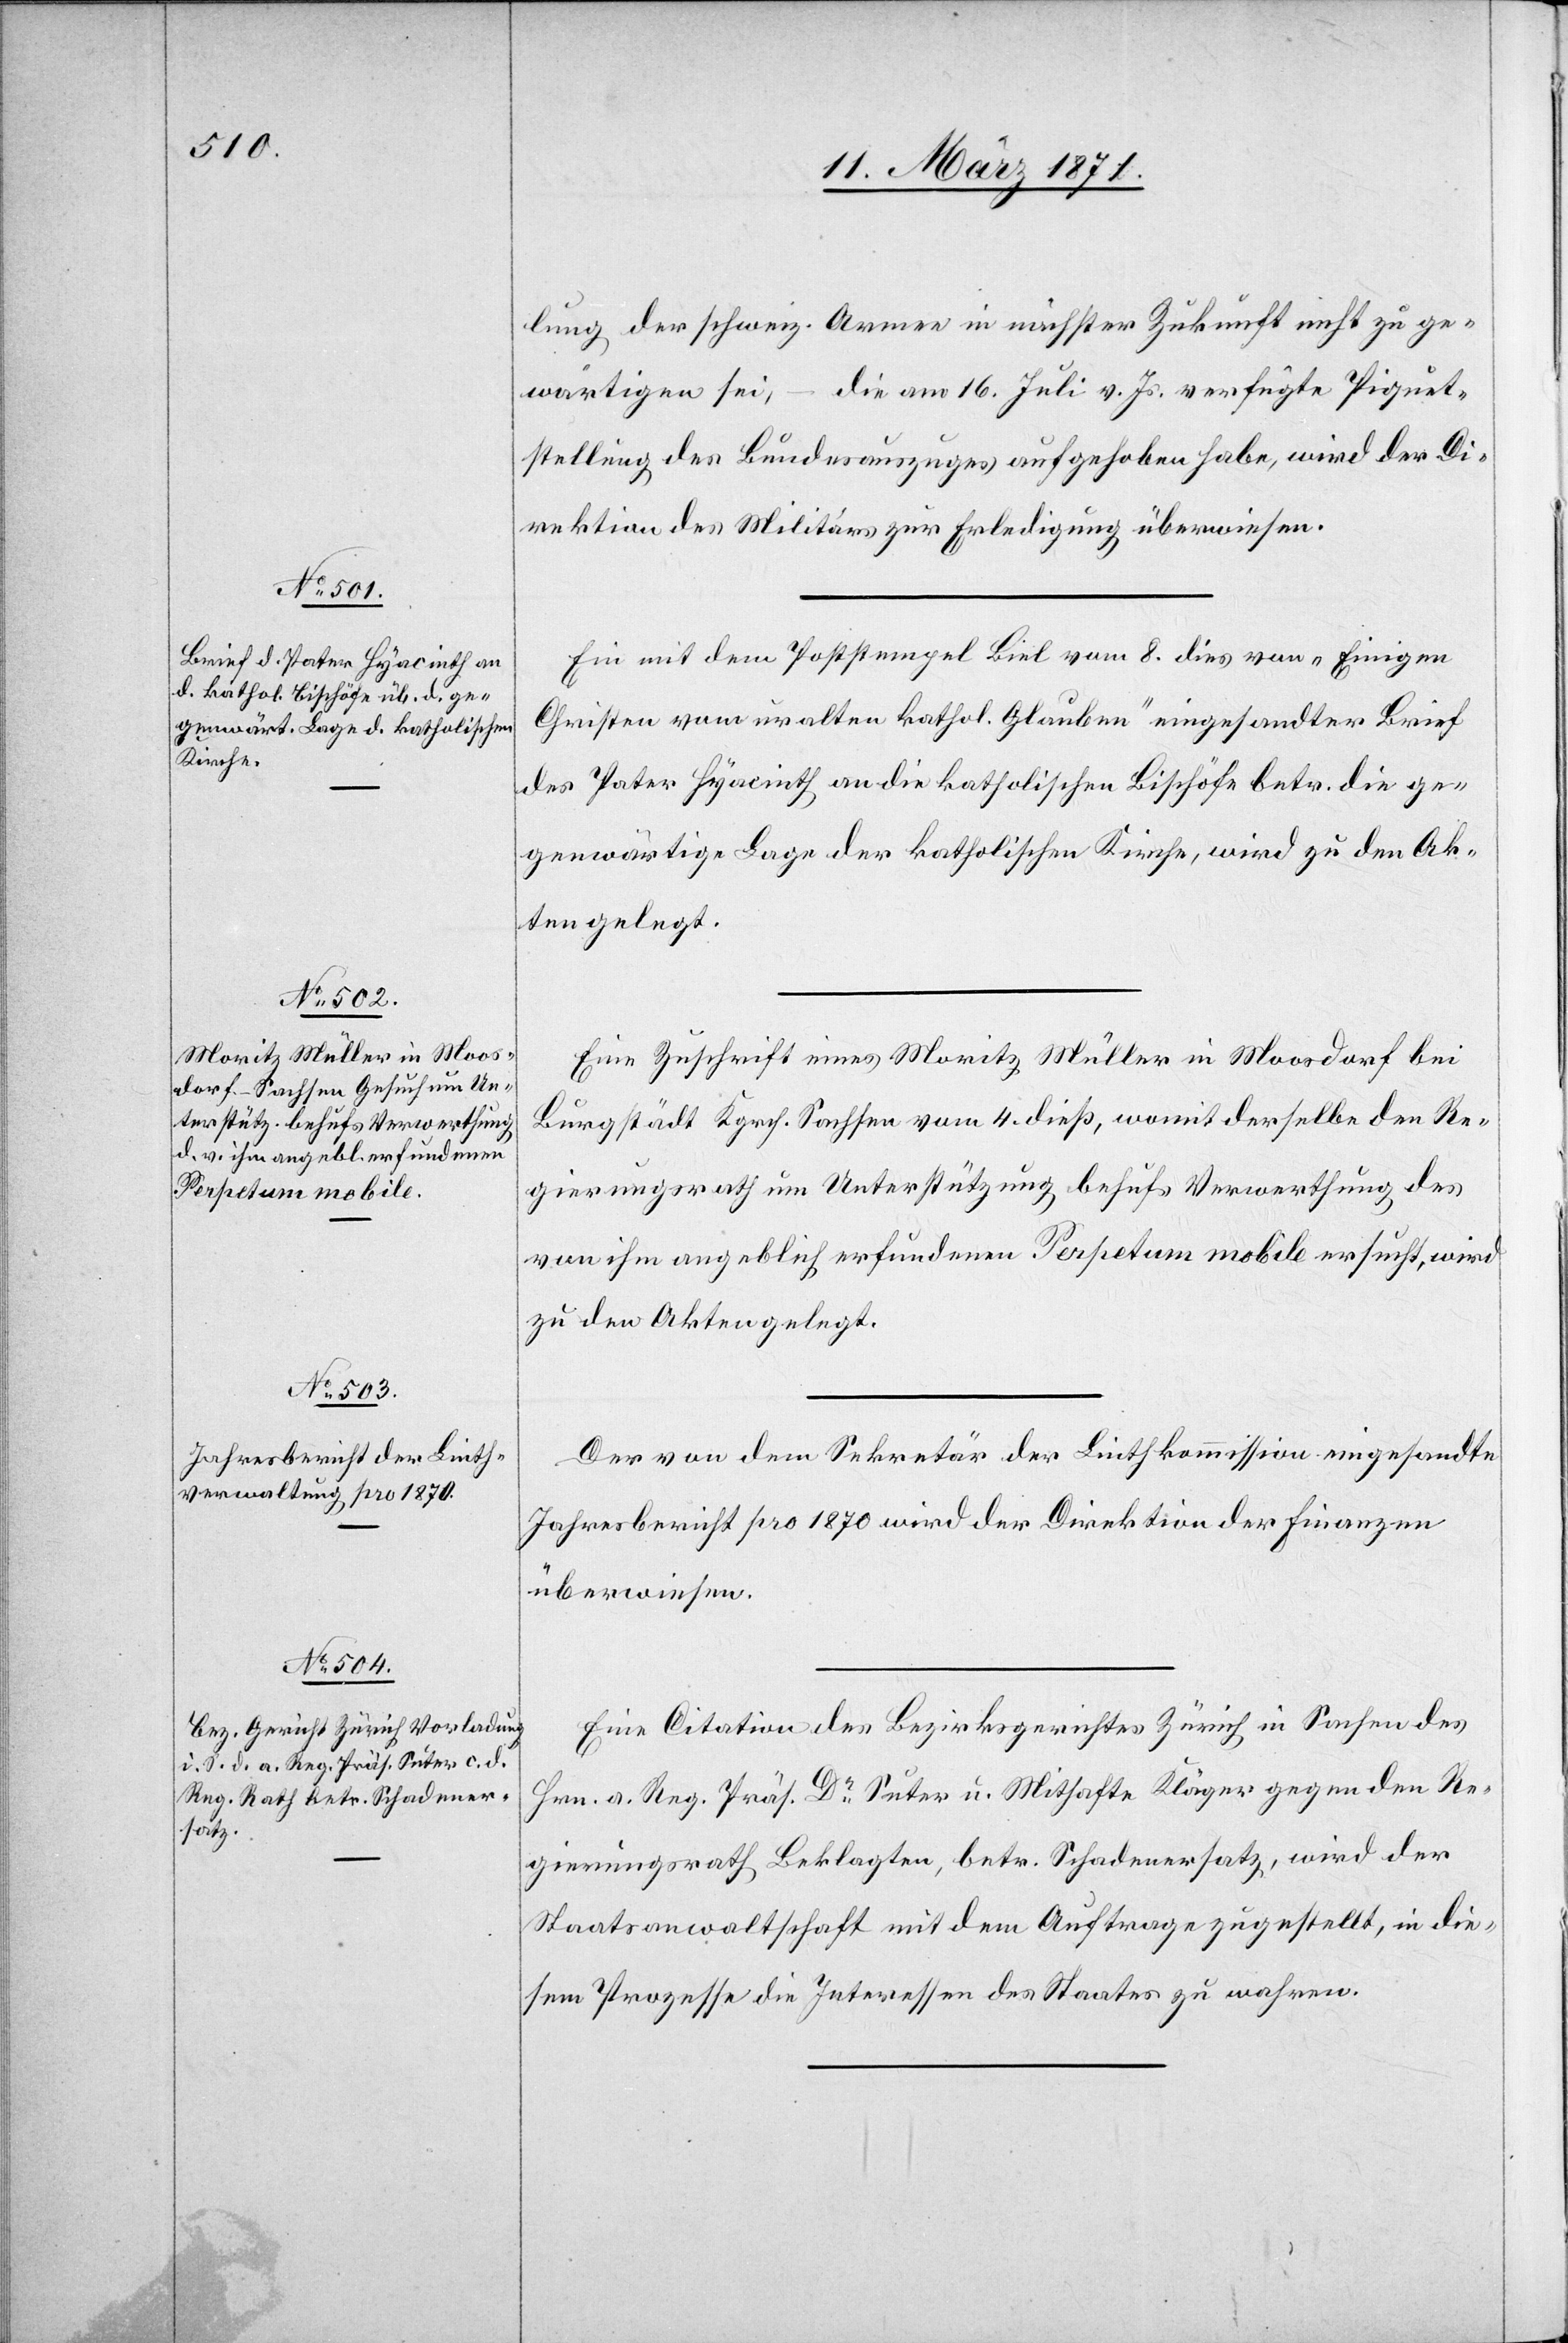
lung der schweiz. Armee in nächster Zukunft nicht zu ge¬
wärtigen sei, – die am 16. Juli v. Js. verfügte Piquet¬
stellung des Bundesauszuges aufgehoben habe, wird der Di¬
rektion des Militärs zur Erledigung überwiesen.
Ein mit dem Poststempel Biel vom 8. dieß von „Einigen
Christen vom uralten kath. Glauben“ eingesandter Brief
des Pater Hyacinth an die katholischen Bischöfe betr. die ge¬
genwärtige Lage der katholischen Kirche, wird zu den Ak¬
ten gelegt.
Eine Zuschrift eines Moritz Müller in Moosdorf bei
Burgstädt Kgrch. Sachsen vom 4. dieß, womit derselbe den Re¬
gierungsrath um Unterstützung behufs Verwerthung des
von ihm angeblich erfundenen Perpetum mobile ersucht, wird
zu den Akten gelegt.
Der von dem Sekretär der Linthkommission eingesandte
Jahresbericht pro 1870 wird der Direktion der Finanzen
überwiesen.
Eine Citation des Bezirksgerichtes Zürich in Sachen des
Hrn. a. Reg. Präs. Dr. Suter u. Mithafte Kläger gegen den Re¬
gierungsrath Beklagten, betr. Schadenersatz, wir der
Staatsanwaltschaft mit dem Auftrage zugestellt, in die¬
sem Prozesse die Interessen des Staates zu wahren.